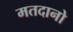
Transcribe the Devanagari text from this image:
मतदानो